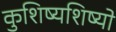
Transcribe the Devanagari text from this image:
कुशिष्यशिष्यो